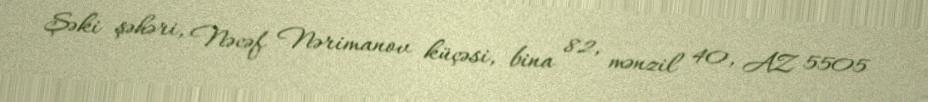
Şəki şəhəri, Nəcəf Nərimanov küçəsi, bina 82, mənzil 40, AZ 5505